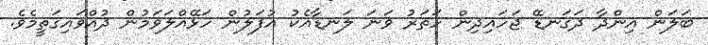
ބަލަން އިންދާ ދަގަނޑޭ ޖަހައިދިން ހަތަރު ވަނަ ލަނޑާއެކު އުފަލުން ހަޅޭއްލަވަމުން ދުއްވައިގަތީމެވެ.